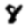
Digit: 8